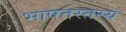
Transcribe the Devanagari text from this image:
भाषतस्तस्य